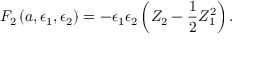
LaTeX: { \cal F } _ { 2 } \left( a , \epsilon _ { 1 } , \epsilon _ { 2 } \right) = - \epsilon _ { 1 } \epsilon _ { 2 } \left( Z _ { 2 } - \frac { 1 } { 2 } Z _ { 1 } ^ { 2 } \right) .